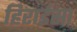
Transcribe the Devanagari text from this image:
हिराईसा